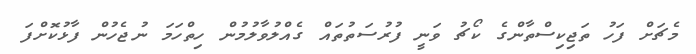
މެޗަށް ފަހު ތަޖިކިސްތާންގެ ކޯޗު ވަނީ ފުރުސަތުތައް ގެއްލުވާލުމުން ހިތްހަމަ ނުޖެހުން ފާޅުކޮށްފަ